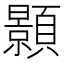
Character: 顥